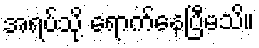
အရပ်သို့ ရောက်နေပြီမသိ။